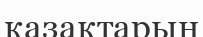
қазақтарын